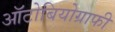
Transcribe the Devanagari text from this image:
ऑटोबियोग्राफी